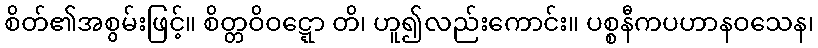
စိတ်၏အစွမ်းဖြင့်။ စိတ္တဝိဝဋ္ဋော တိ၊ ဟူ၍လည်းကောင်း။ ပစ္စနီကပဟာနဝသေန၊